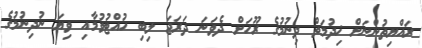
ރައްޔިތުންނަށް ޚިދުމަތް ދިނުމުގެ ރޫހަށް ދެވަނަ ދަރަޖަ ލިބި ހުއްޓުވުމާއި ވިޔަ ނުދިނުމުގެ